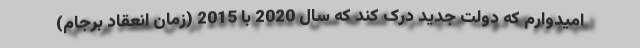
امیدوارم که دولت جدید درک کند که سال 2020 با 2015 (زمان انعقاد برجام)